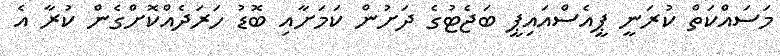
މަސައްކަތް ކުރަނީ ޕީއެސްއައިޕީ ބަޖެޓުގެ ދަށުން ކަމަށާއި ބޮޑު ހަރަދެއްކޮށްގެން ކުރާ އެ